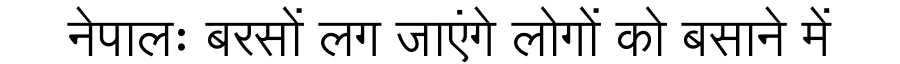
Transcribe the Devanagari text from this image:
नेपालः बरसों लग जाएंगे लोगों को बसाने में